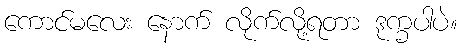
ကောင်မလေး နောက် လိုက်လို့ရတာ ဒုက္ခပါပဲ။